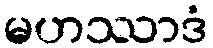
မဟဿာဒံ